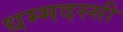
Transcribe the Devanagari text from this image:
धम्मदस्सी